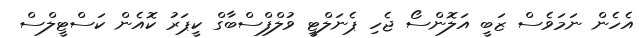
އެހެން ނަމަވެސް ޒަބީ އަލޮންސޯ ޖެހި ޕެނަލްޓީ ވުލްފްސްބާގް ކީޕަރު ކޮއެން ކަސްޓީލްސް